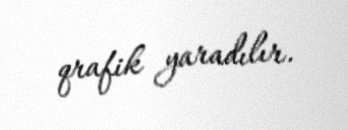
qrafik yaradılır.